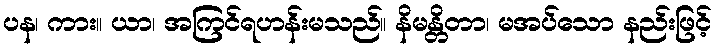
ပန၊ ကား။ ယာ၊ အကြင်ရဟန်းမသည်။ နိမန္တိတာ၊ မအပ်သော နည်းဖြင့်